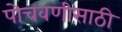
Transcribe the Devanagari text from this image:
पोचवणीसाठी